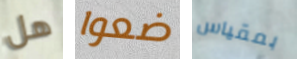
هل ضعوا بمقياس